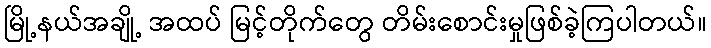
မြို့နယ်အချို့ အထပ် မြင့်တိုက်တွေ တိမ်းစောင်းမှုဖြစ်ခဲ့ကြပါတယ်။